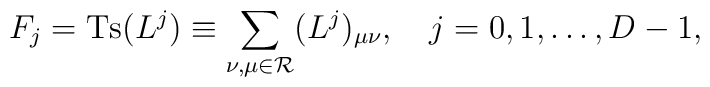
F_{j}= \mbox{Ts}(L^j)\equiv\sum_{\nu,\mu\in{\mathcal   R}}(L^j)_{\mu\nu},   \quad j=0,1,\ldots, D-1,